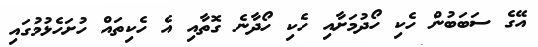
އޭގެ ސަބަބުން ހެކި ހޯދުމަށާއި ހެކި ހޯދާނެ ގޮތާއި އެ ހެކިތައް ހުށަހެޅުމުގައި